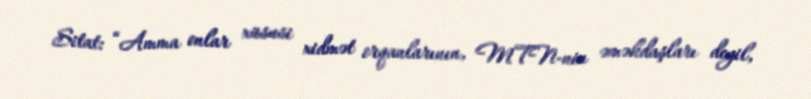
Sitat: “Amma onlar xüsusi xidmət orqanlarının, MTN-nin əməkdaşları deyil,